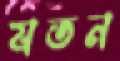
যতন